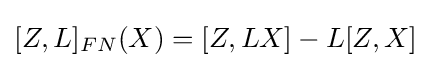
[Z,L]_{FN}(X)=[Z,LX]-L[Z,X]